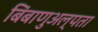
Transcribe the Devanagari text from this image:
बिंबाणुअल्पता